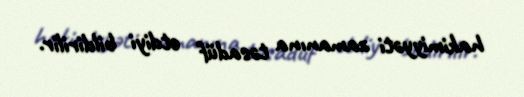
hakimiyyəti zamanına təsadüf etdiyi bildirilir.